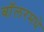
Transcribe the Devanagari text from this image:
बॉलरमधे